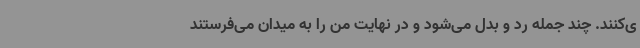
ی‌کنند. چند جمله رد و بدل می‌شود و در نهایت من را به میدان می‌فرستند